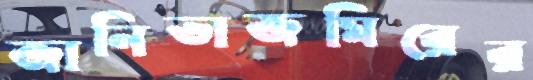
জানিভাজমিরের